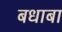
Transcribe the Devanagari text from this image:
बधाबा